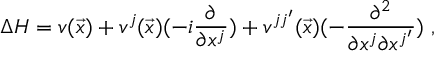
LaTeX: \Delta H = v ( \vec { x } ) + v ^ { j } ( \vec { x } ) ( - i \frac { \partial } { \partial x ^ { j } } ) + v ^ { j j ^ { \prime } } ( \vec { x } ) ( - \frac { \partial ^ { 2 } } { \partial x ^ { j } \partial x ^ { j ^ { \prime } } } ) \; ,